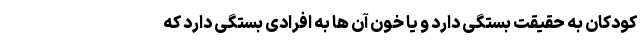
کودکان به حقیقت بستگی دارد و یا خون آن ها به افرادی بستگی دارد که